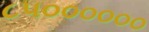
૮૫૦૦૦૦૦૦